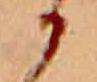
か